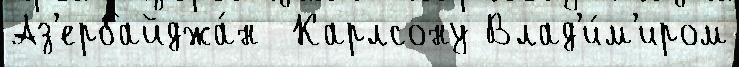
Аз'ербайджа́н  Карлсону Влад'и́м'иром